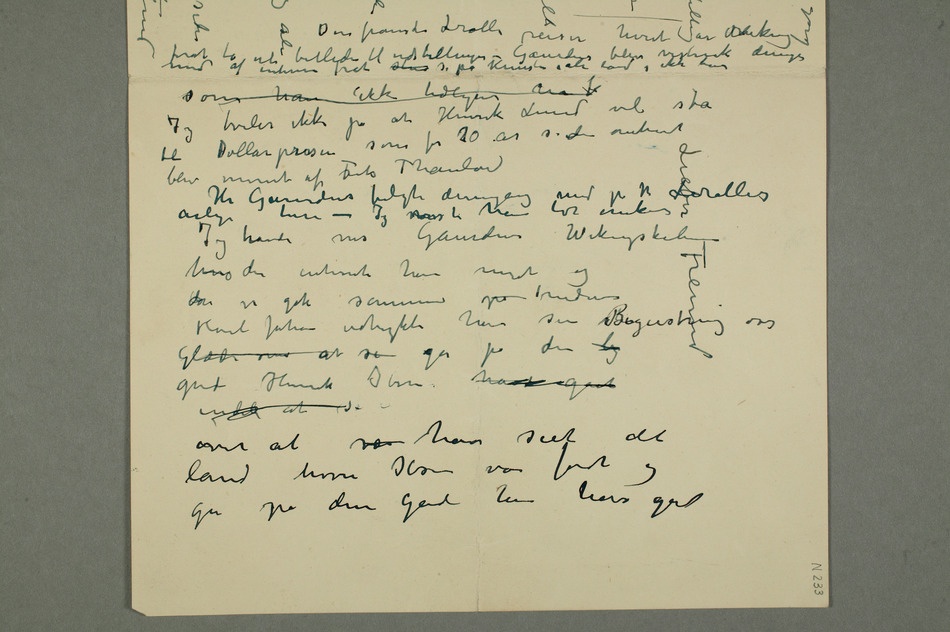
Jeg tviler ikke på at Henrik Lund vil stå
til Dollarprisen som for 20 år siden omtrent
blev vunnet af Frits Thaulow Hr Gaudens fulgte dengang med på Hr Lerolles
– Jeg havde vist Gaudens Wikingeskibene
hvis der intresserte ham meget og
da vi gik sammen på nedover
Karl Johan udtrykte han sin Begeistring
Glæde over at se gå på den by
gade Henrik Ibsen havde gaaet
over at vær have seet det
land hvor Ibsen var født og
gå på den gade han har gåt Lieber